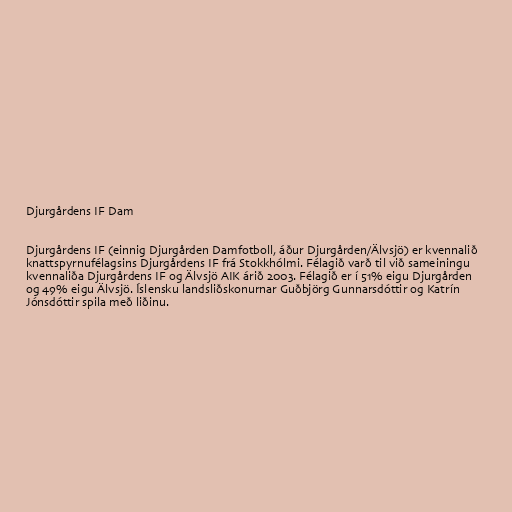
Djurgårdens IF Dam

Djurgårdens IF (einnig Djurgården Damfotboll, áður Djurgården/Älvsjö) er kvennalið
knattspyrnufélagsins Djurgårdens IF frá Stokkhólmi. Félagið varð til við sameiningu
kvennaliða Djurgårdens IF og Älvsjö AIK árið 2003. Félagið er í 51% eigu Djurgården
og 49% eigu Älvsjö. Íslensku landsliðskonurnar Guðbjörg Gunnarsdóttir og Katrín
Jónsdóttir spila með liðinu.